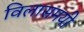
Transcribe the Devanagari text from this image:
विलासमयी